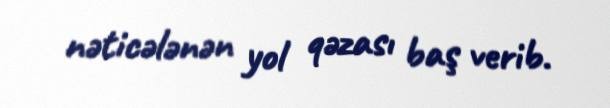
nəticələnən yol qəzası baş verib.